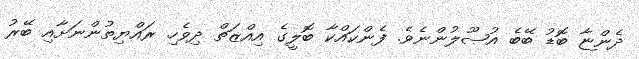
ދެންޏާ ބޮޑު ބޭބެ އުޞޫލުންނެވެ. ފެންކައްކާ ބޮލީގެ އިއްޒަތް ދިވެހި ރައްޔިތުންނަށާއި ބޭރު